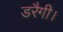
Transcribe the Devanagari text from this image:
डरैगी।